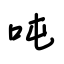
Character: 吨